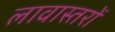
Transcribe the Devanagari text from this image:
लावास्तरों